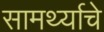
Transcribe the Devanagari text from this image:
सामर्थ्याचे